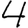
Digit: 4